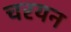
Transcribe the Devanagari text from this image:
चरयन